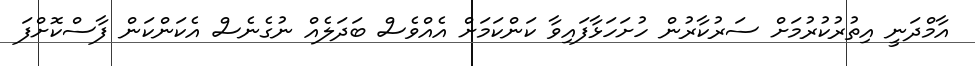
އާމްދަނީ އިތުރުކުރުމަށް ސަރުކާރުން ހުށަހަޅާފައިވާ ކަންކަމަށް އެއްވެސް ބަދަލެއް ނުގެނެސް އެކަންކަން ފާސްކޮށްފަ